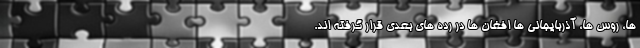
ها، روس ها، آذربایجانی ها افغان ها در رده های بعدی قرار گرفته اند.